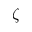
\zeta